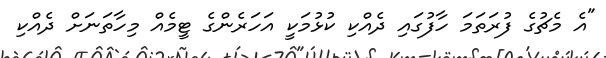
"އެ މެޗުގެ ފުރަތަމަ ހާފުގައި ދެއްކި ކުޅުމަކީ އަހަރެންގެ ޓީމެއް މިހާތަނަށް ދެއްކި